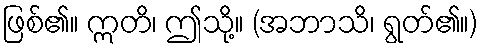
ဖြစ်၏။ ဣတိ၊ ဤသို့။ (အဘာသိ၊ ရွတ်၏။)